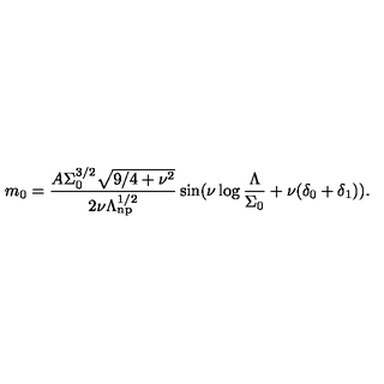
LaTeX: m _ { 0 } = \frac { A \Sigma _ { 0 } ^ { 3 / 2 } \sqrt { 9 / 4 + \nu ^ { 2 } } } { 2 \nu \Lambda _ { \mathrm { n p } } ^ { 1 / 2 } } \sin ( \nu \log \frac { \Lambda } { \Sigma _ { 0 } } + \nu ( \delta _ { 0 } + \delta _ { 1 } ) ) .